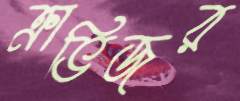
ক্রাভিজর